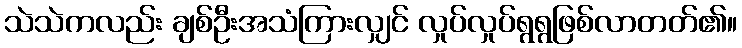
သဲသဲကလည်း ချစ်ဦးအသံကြားလျှင် လှုပ်လှုပ်ရွရွဖြစ်လာတတ်၏။